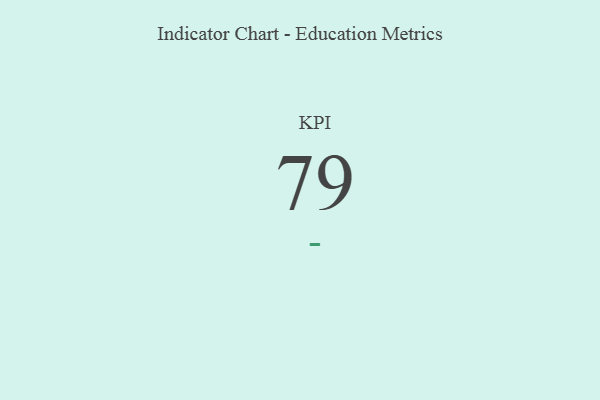
{"axis": {"x": "KPI", "y": "Value"}, "legend": [""], "data": [{"x": "KPI", "y": 79, "type": ""}]}